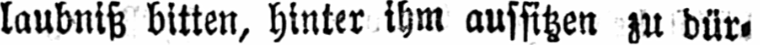
laubniß bitten, hinter ihm aufsitzen zu dür⸗